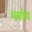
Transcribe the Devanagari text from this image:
पर्याप्य